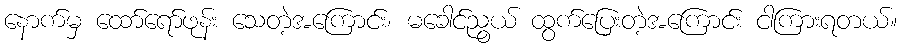
နောက်မှ ထော်ရော်ဖုန်း သေတဲ့အကြောင်း၊ မခေါင်ညွယ် ထွက်ပြေးတဲ့အကြောင်း ငါကြားရတယ်။